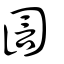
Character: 圁